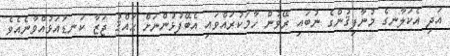
އަދި އެކަލާނގެ މުނާފިޤުންގެ ނުބައި ރޭވުން ހާމަކުރައްވައި އެބޭފުޅުންނަށް ޙައްޤު ޖަޒާ ކަނޑައަޅުއްވާނެއެވެ